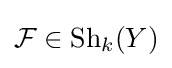
{\mathcal {F}}\in \operatorname {Sh} _{k}(Y)